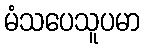
မံသပေသူပမာ